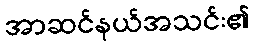
အာဆင်နယ်အသင်း၏